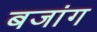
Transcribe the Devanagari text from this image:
बजांग